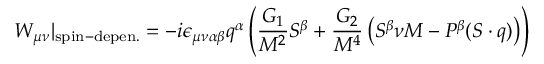
W _ { \mu \nu } | _ { \mathrm { s p i n - d e p e n . } } = - i \epsilon _ { \mu \nu \alpha \beta } q ^ { \alpha } \left( { \frac { G _ { 1 } } { M ^ { 2 } } } S ^ { \beta } + { \frac { G _ { 2 } } { M ^ { 4 } } } \left( S ^ { \beta } \nu M - P ^ { \beta } ( S \cdot q ) \right) \right)